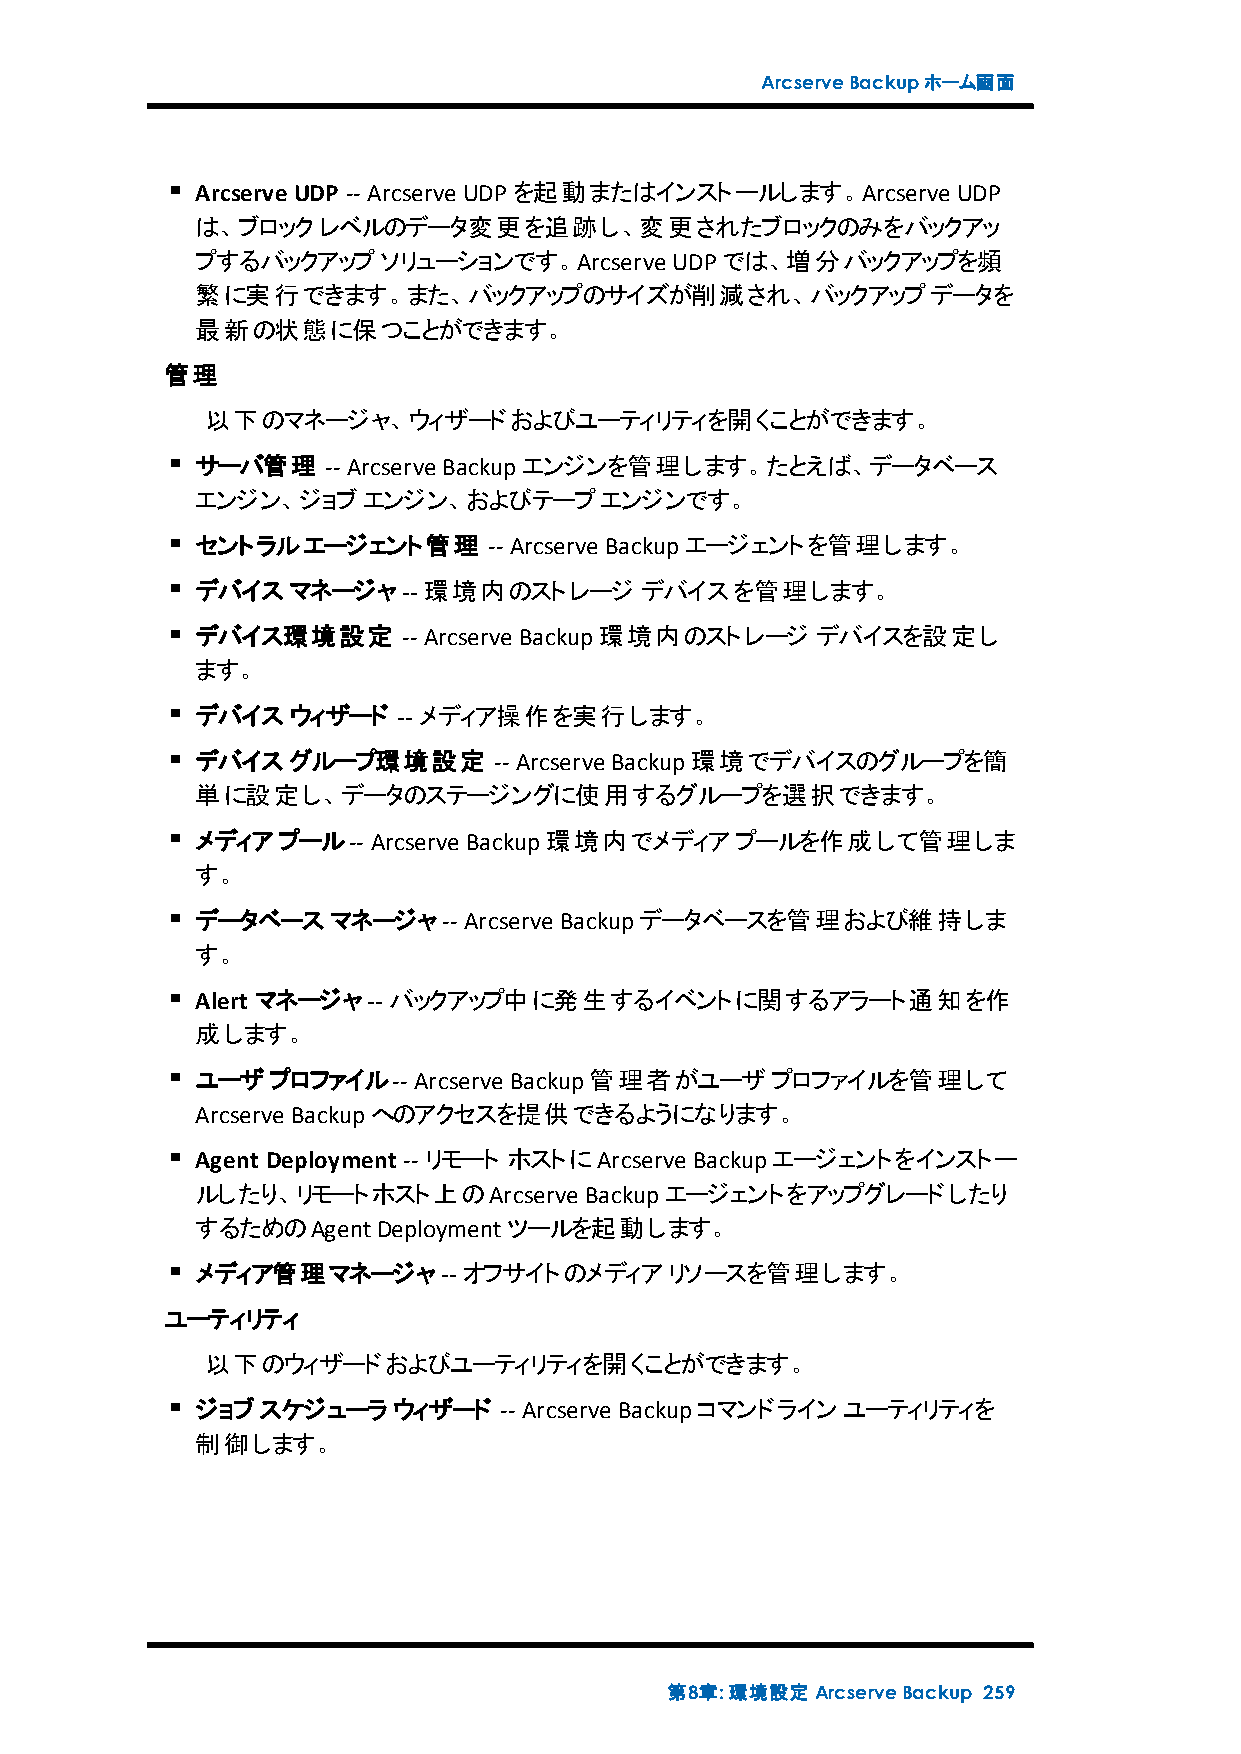
ArcserveBackupホーム画面
 ArcserveUDP -- Arcserve UDPを起動またはインストールします。Arcserve UDP
 は、ブロックレベルのデータ変更を追跡し、変更されたブロックのみをバックアッ
 プするバックアップソリューションです。Arcserve    UDPでは、増分バックアップを頻
 繁に実行できます。また、バックアップのサイズが削減され、バックアップデータを
 最新の状態に保つことができます。
 管理
 以下のマネージャ、ウィザードおよびユーティリティを開くことができます。
 サーバ管理    -- Arcserve Backupエンジンを管理します。たとえば、データベース
 エンジン、ジョブエンジン、およびテープエンジンです。
 セントラルエージェント管理      -- Arcserve Backupエージェントを管理します。
 デバイスマネージャ--    環境内のストレージ     デバイスを管理します。
 デバイス環境設定      -- Arcserve Backup環境内のストレージ デバイスを設定し
 ます。
 デバイスウィザード    -- メディア操作を実行します。
 デバイスグループ環境設定        -- Arcserve Backup環境でデバイスのグループを簡
 単に設定し、データのステージングに使用するグループを選択できます。
 メディアプール--   Arcserve Backup環境内でメディアプールを作成して管理しま
 す。
 データベースマネージャ--     Arcserve Backupデータベースを管理および維持しま
 す。
 Alert マネージャ-- バックアップ中に発生するイベントに関するアラート通知を作
 成します。
 ユーザプロファイル--   Arcserve Backup管理者がユーザプロファイルを管理して
 Arcserve Backupへのアクセスを提供できるようになります。
 Agent Deployment -- リモート ホストにArcserve Backupエージェントをインストー
 ルしたり、リモートホスト上のArcserve    Backupエージェントをアップグレードしたり
 するためのAgentDeploymentツールを起動します。
 メディア管理マネージャ--     オフサイトのメディアリソースを管理します。
 ユーティリティ
 以下のウィザードおよびユーティリティを開くことができます。
 ジョブスケジューラウィザード      -- Arcserve Backupコマンドラインユーティリティを
 制御します。
 第8章:環境設定ArcserveBackup 259